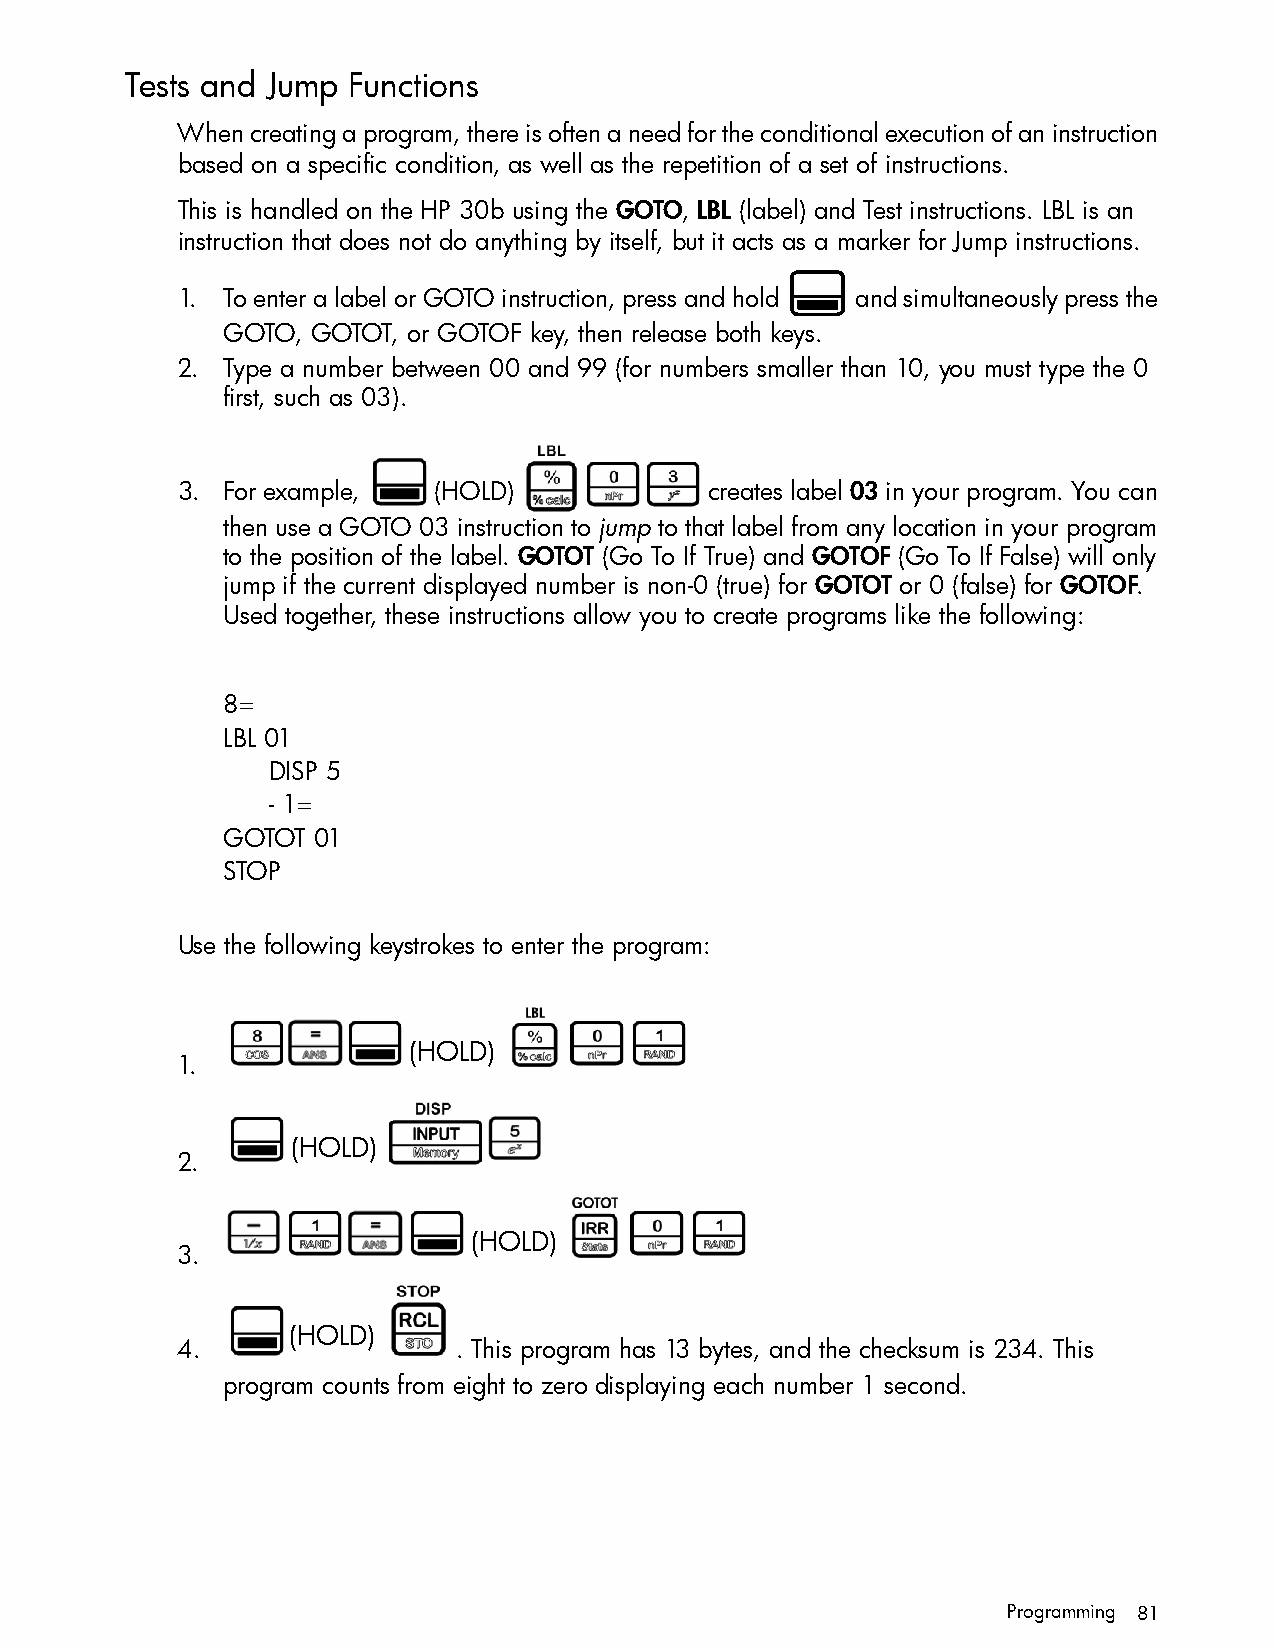
Tests and Jump Functions
 When creating a program, there is often a need for the conditional execution of an instruction
 based on a specific condition, as well as the repetition of a set of instructions.
 This is handled on the HP 30b using the GOTO, LBL (label) and Test instructions. LBL is an
 instruction that does not do anything by itself, but it acts as a marker for Jump instructions.
 :
 1. To enter a label or GOTO instruction, press and hold and simultaneously press the
 GOTO, GOTOT, or GOTOF key, then release both keys.
 2. Type a number between 00 and 99 (for numbers smaller than 10, you must type the 0
 first, such as 03).
 3. For example,  (HOLD)            creates label 03 in your program. You can
 then use a GOTO 03 instruction to jump to that label from any location in your program
 to the position of the label. GOTOT (Go To If True) and GOTOF (Go To If False) will only
 jump if the current displayed number is non-0 (true) for GOTOT or 0 (false) for GOTOF.
 Used together, these instructions allow you to create programs like the following:
 8=
 LBL 01
 DISP 5
 - 1=
 GOTOT 01
 STOP
 Use the following keystrokes to enter the program:
 (HOLD)
 1.
 (HOLD)
 2.
 (HOLD)
 3.
 (HOLD)
 4.                . This program has 13 bytes, and the checksum is 234. This
 program counts from eight to zero displaying each number 1 second.
 Programming 81